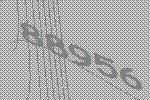
88956